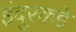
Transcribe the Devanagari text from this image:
इंदूरकडे